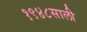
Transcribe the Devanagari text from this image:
१९४८साली